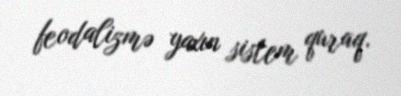
feodalizmə yaxın sistem quraq.